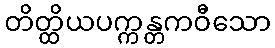
တိတ္ထိယပက္ကန္တကဝီသော